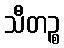
သီတဉ္စ